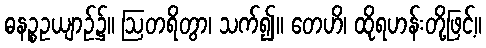
ဓနဉ္စဥယျာဉ်၌။ ဩတရိတွာ၊ သက်၍။ တေဟိ၊ ထိုရဟန်းတို့ဖြင့်။